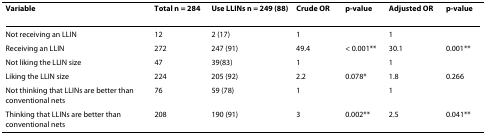
| Variable | Total n = 284 | Use LLINs n = 249 (88) | Crude OR | p-value | Adjusted OR | p-value |
 | --- | --- | --- | --- | --- | --- | --- |
 | Not receiving an LLIN | 12 | 2 (17) | 1 |  | 1 |  |
 | Receiving an LLIN | 272 | 247 (91) | 49.4 | < 0.001** | 30.1 | 0.001** |
 | Not liking the LLIN size | 47 | 39(83) | 1 |  | 1 |  |
 | Liking the LLIN size | 224 | 205 (92) | 2.2 | 0.078* | 1.8 | 0.266 |
 | Not thinking that LLINs are better than conventional nets | 76 | 59 (78) | 1 |  | 1 |  |
 | Thinking that LLINs are better than conventional nets | 208 | 190 (91) | 3 | 0.002** | 2.5 | 0.041** |